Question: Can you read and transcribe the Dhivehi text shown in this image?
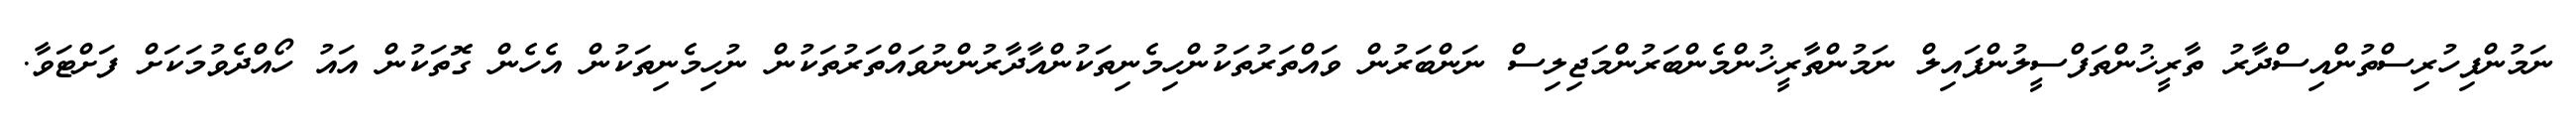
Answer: ނަމުންފިހުރިސްތުންއިސްދާރު ތާރީޚުންތަފްސީލުންފައިލް ނަމުންތާރީޚުންމެންބަރުންމަޖިލިސް ނަންބަރުން ވައްތަރުތަކުންހިމެނިތަކުންއާދާރުންނުވައްތަރުތަކުން ނުހިމެނިތަކުން އެހެން ގޮތަކުން އައު ހޯއްދެވުމަކަށް ފަށްޓަވާ.